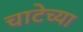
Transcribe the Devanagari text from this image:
चाटेच्या